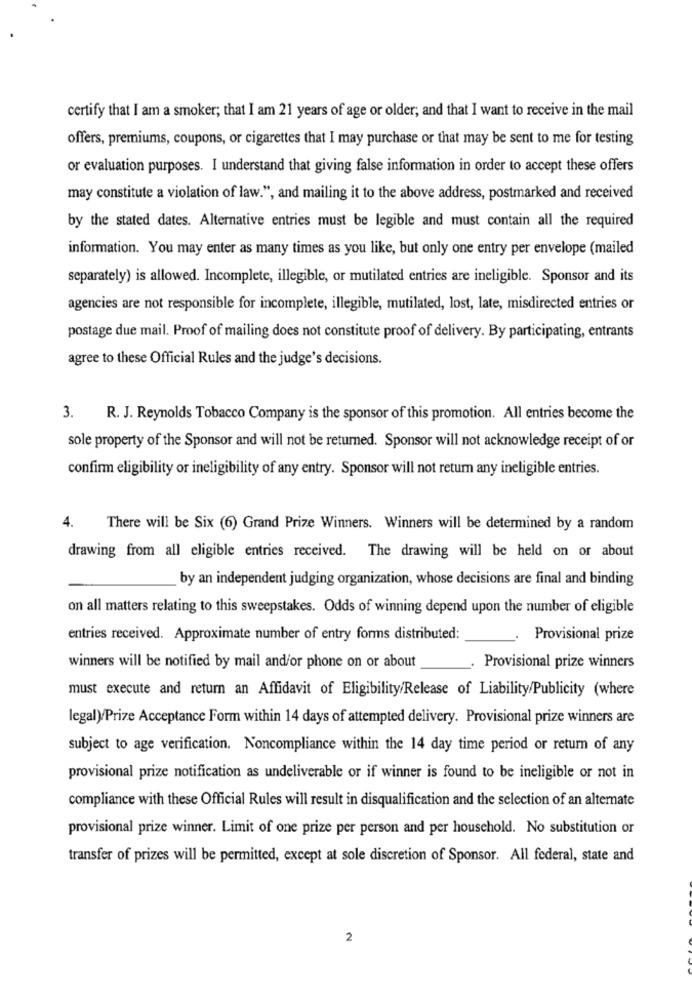
certify that I am a smoker; that I am 21 years of age or older; and that I want to receive in the mail
offers, premiums, coupons, or cigarettes that I may purchase or that may be sent to me for testing
or evaluation purposes. I understand that giving false information in order to accept these offers
may constitute a violation of law.", and mailing it to the above address, postmarked and received
by the stated dates. Alternative entries must be legible and must contain all the required
information. You may enter as many times as you like, but only one entry per envelope (mailed
separately) is allowed. Incomplete, illegible, or mutilated entries are ineligible. Sponsor and its
agencies are not responsible for incomplete, illegible, mutilated, lost, late, misdirected entries or
postage due mail. Proof of mailing does not constitute proof of delivery. By participating, entrants
agree to these Official Rules and the judge's decisions.
3.
R. J. Reynolds Tobacco Company is the sponsor of this promotion. All entries become the
sole property of the Sponsor and will not be returned. Sponsor will not acknowledge receipt of or
confirm eligibility or ineligibility of any entry. Sponsor will not return any ineligible entries.
4.
There will be Six (6) Grand Prize Winners. Winners will be determined by a random
drawing from all eligible entries received. The drawing will be held on or about
by an independent judging organization, whose decisions are final and binding
on all matters relating to this sweepstakes. Odds of winning depend upon the number of eligible
entries received. Approximate number of entry forms distributed:
Provisional prize
winners will be notified by mail and/or phone on or about
Provisional prize winners
must execute and return an Affidavit of Eligibility/Release of Liability/Publicity (where
legal)/Prize Acceptance Form within 14 days of attempted delivery. Provisional prize winners are
subject to age verification. Noncompliance within the 14 day time period or return of any
provisional prize notification as undeliverable or if winner is found to be ineligible or not in
compliance with these Official Rules will result in disqualification and the selection of an alternate
provisional prize winner. Limit of one prize per person and per household. No substitution or
transfer of prizes will be permitted, except at sole discretion of Sponsor. All federal, state and
2